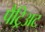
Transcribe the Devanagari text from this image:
पैट्रिअट